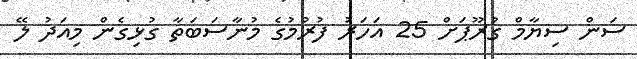
ސަން ސިޔާމް ގުރޫޕަށް 25 އަހަރު ފުރުމުގެ މުނާސަބަތާ ގުޅިގެން މިއަދު ލޭ